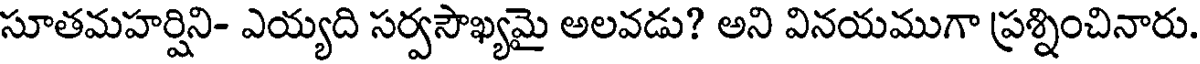
సూతమహర్షిని- ఎయ్యది సర్వసౌఖ్యమై అలవడు? అని వినయముగా ప్రశ్నించినారు.